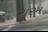
ગરમ